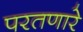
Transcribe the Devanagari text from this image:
परतणारे